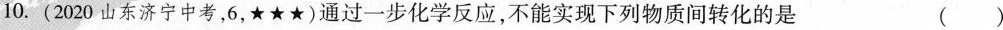
10.(2020山东济宁中考，6，★★★)通过一步化学反应，不能实现下列物质间转化的是 ()